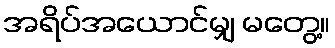
အရိပ်အယောင်မျှ မတွေ့။